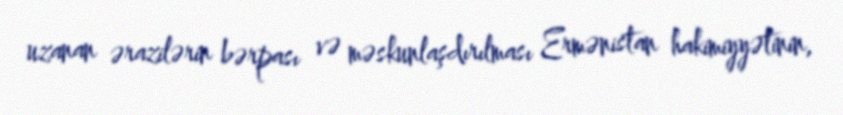
uzanan ərazilərin bərpası və məskunlaşdırılması Ermənistan hakimiyyətinin,